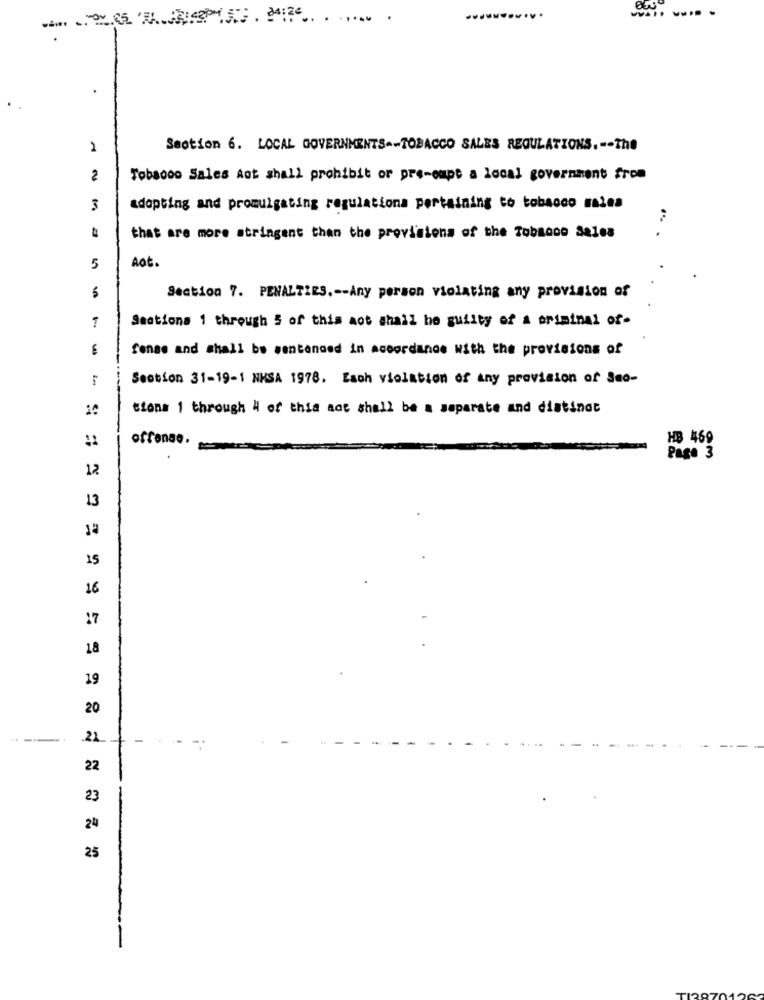
2
Section 6. LOCAL GOVERNMENTS -- TOBACCO SALES REGULATIONS. -- The
2
Tobacco Sales Aot shall prohibit or pre-empe a local government from
3
adopting and promulgating regulations pertaining to tobacco males
.**
that are more stringent than the provisions of the Tobacco Sales
Aot.
5
Section 7. PENALTIES .-- Any person violating any provision of
Sections 1 through 5 of this aot shall be guilty of a criminal of-
Sense and shall be sentenged in accordance with the provisions of
Section 31-19-1 NKSA 1978. Each violation of any provision of Seo-
tions 1 through 4 of this act shall be a separate and distinct
offenge.
HB 469
:
Page 3
12
13
15
16
17
18
19
20
21
-.
22
23
24
25